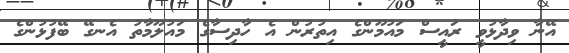
އޭނާ ވިދާޅުވީ ރައީސް މައުމޫންގެ އިތުރުން އެ ހާދިސާގެ މައުލޫމާތު އެނގޭ ބޭފުޅުންގެ